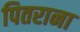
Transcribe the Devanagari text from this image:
पितराना